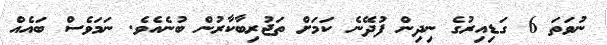
ނުވަތަ 6 ގަޑިއިރުގެ ނިދިން ފުދޭނެ ކަމަށް ތަޖުރިބާކާރުން ބުނެއެވެ. ނަމަވެސް ބައެއް